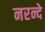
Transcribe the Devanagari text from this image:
नरन्दे